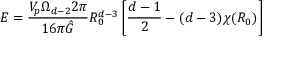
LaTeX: E = \frac { V _ { p } \Omega _ { d - 2 } 2 \pi } { 1 6 \pi \hat { G } } R _ { 0 } ^ { d - 3 } \left[ \frac { d - 1 } { 2 } - ( d - 3 ) \chi ( R _ { 0 } ) \right]